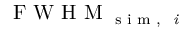
\textrm { F W H M } _ { \textrm { s i m , \textit { i } } }